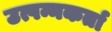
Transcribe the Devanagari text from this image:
उत्पन्नकर्ता